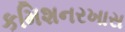
કમિશનરખાસ